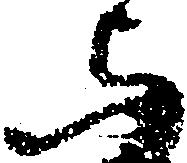
与